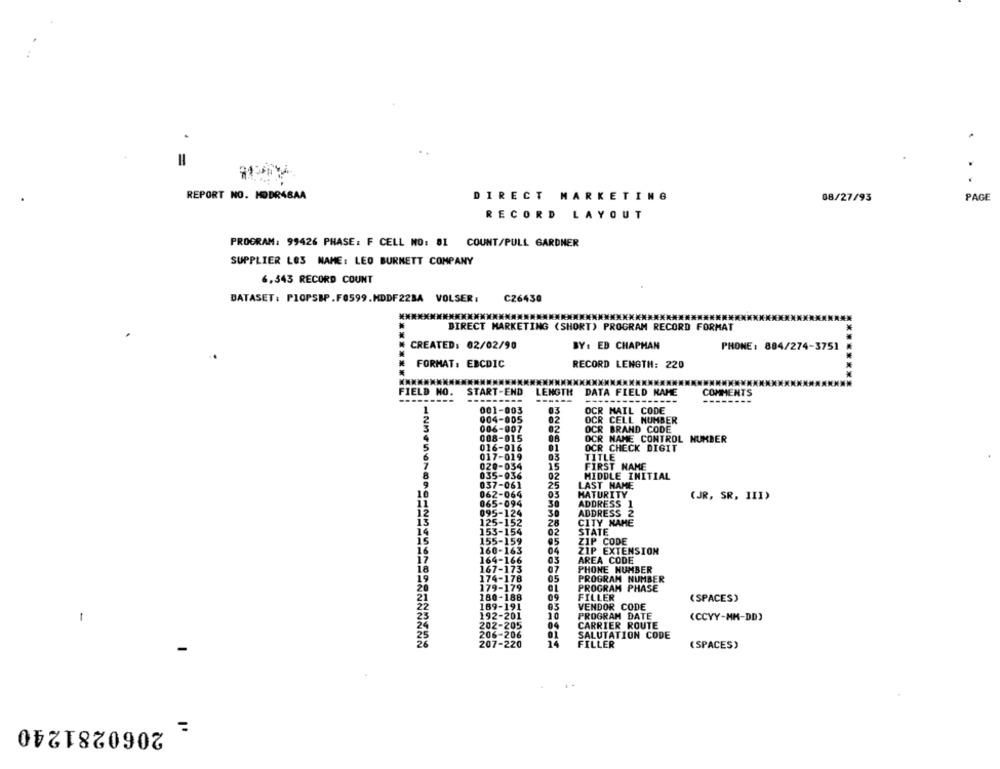
.
=
REPORT NO. MODR4BAA
DIRECT MARKETING
08/27/93
PAGE
RECORD LAYOUT
PROGRAM: 99426 PHASE: F CELL NO: 81 COUNT/PULL GARDNER
SUPPLIER LOS NAME: LEO BURNETT COMPANY
6,343 RECORD COUNT
DATASET: PIOPSBP.F0599.HDDF22BA VOLSER:
C26430
******************************************************
DIRECT MARKETING (SHORT) PROGRAM RECORD FORMAT
CREATED: 02/02/90
BY: ED CHAPMAN
PHONE : 804/274-3751
*******
FORMAT: EBCDIC
RECORD LENGTH: 220
FIELD NO.
START-END
LENGTH
DATA FIELD NAME
COMME
---
1
001-003
03
OCR MAIL CODE
2
004-005
OCR CELL NUMBER
006-007
02
OCR BRAND CODE
4
008-015
OCR NAME CONTROL NUMBER
5
016-016
01
OCR CHECK DIGIT
6
017-019
03
TITLE
7
020-034
15
FIRST NAME
8
035-936
02
MIDDLE INITIAL
9
037-061
25
LAST NAME
10
062-064
05
MATURITY
(JR, SR. III)
065-094
ADDRESS 1
12
095-124
30
ADDRESS 2
125-152
28
CITY NAME
153-154
STATE
IS
155-159
95
ZIP CODE
160-163
04
ZIP EXTENSION
164-166
03
AREA CODE
18
167-173
07
PHONE NUMBER
19
174-178
05
PROGRAM NUMBER
20
179-179
PROGRAM PHASE
21
180-188
09
FILLER
(SPACES)
22
189-191
03
VENDOR CODE
23
192-201
10
PROGRAM DATE
-
24
04
(CCYY-MM-DD)
202-205
CARRIER ROUTE
206-206
SALUTATION CODE
207-220
14
FILLER
(SPACES)
2060281240